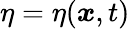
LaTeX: \eta=\eta(\boldsymbol{x},t)